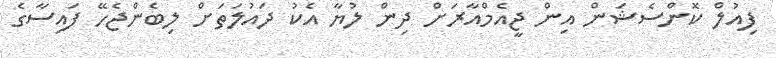
ފިއުލް ކޮންސެޝަން އިން ޖީއެމްއާރަށް ދިން ލުޔާ އެކު ދައުލަތަށް ލިބެންޖެހޭ ފައިސާގެ